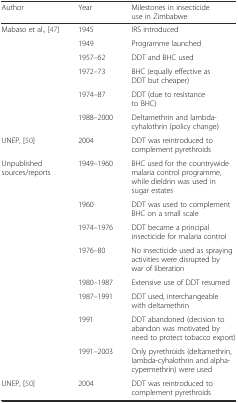
<table><thead><tr><td><b>Author</b></td><td><b>Year</b></td><td><b>Milestones in insecticide use in Zimbabwe</b></td></tr></thead><tbody><tr><td>Mabaso et al., [47]</td><td>1945</td><td>IRS introduced</td></tr><tr><td></td><td>1949</td><td>Programme launched</td></tr><tr><td></td><td>1957–62</td><td>DDT and BHC used</td></tr><tr><td></td><td>1972–73</td><td>BHC (equally effective as DDT but cheaper)</td></tr><tr><td></td><td>1974–87</td><td>DDT (due to resistance to BHC)</td></tr><tr><td></td><td>1988–2000</td><td>Deltamethrin and lambda-cyhalothrin (policy change)</td></tr><tr><td>UNEP, [50]</td><td>2004</td><td>DDT was reintroduced to complement pyrethroids</td></tr><tr><td>Unpublished sources/reports</td><td>1949–1960</td><td>BHC used for the countrywide malaria control programme, while dieldrin was used in sugar estates</td></tr><tr><td></td><td>1960</td><td>DDT was used to complement BHC on a small scale</td></tr><tr><td></td><td>1974–1976</td><td>DDT became a principal insecticide for malaria control</td></tr><tr><td></td><td>1976–80</td><td>No insecticide used as spraying activities were disrupted by war of liberation</td></tr><tr><td></td><td>1980–1987</td><td>Extensive use of DDT resumed</td></tr><tr><td></td><td>1987–1991</td><td>DDT used, interchangeable with deltamethrin</td></tr><tr><td></td><td>1991</td><td>DDT abandoned (decision to abandon was motivated by need to protect tobacco export)</td></tr><tr><td></td><td>1991–2003</td><td>Only pyrethroids (deltamethrin, lambda-cyhalothrin and alpha-cypermethrin) were used</td></tr><tr><td>UNEP, [50]</td><td>2004</td><td>DDT was reintroduced to complement pyrethroids</td></tr></tbody></table>